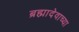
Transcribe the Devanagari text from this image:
ब्रह्मादेवाच्या